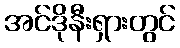
အင်ဒိုနီးရှားတွင်